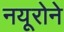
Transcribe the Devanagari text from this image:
नयूरोने